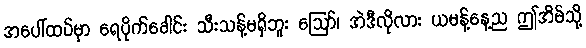
အပေါ်ထပ်မှာ ရေပိုက်ခေါင်း သီးသန့်မရှိဘူး ဪ၊ အဲဒီလိုလား ယမန့်နေ့ည ဤအိမ်သို့